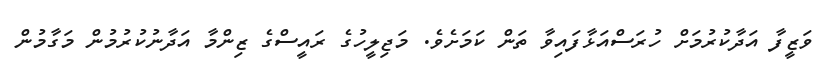
ވަޒީފާ އަދާކުރުމަށް ހުރަސްއަޅާފައިވާ ތަން ކަމަށެވެ. މަޖިލީހުގެ ރައީސްގެ ޒިންމާ އަދާނުކުރުމުން މަގާމުން